Mental hospitals Bombay report 1929-33 - 1929-1933
Year: 1929
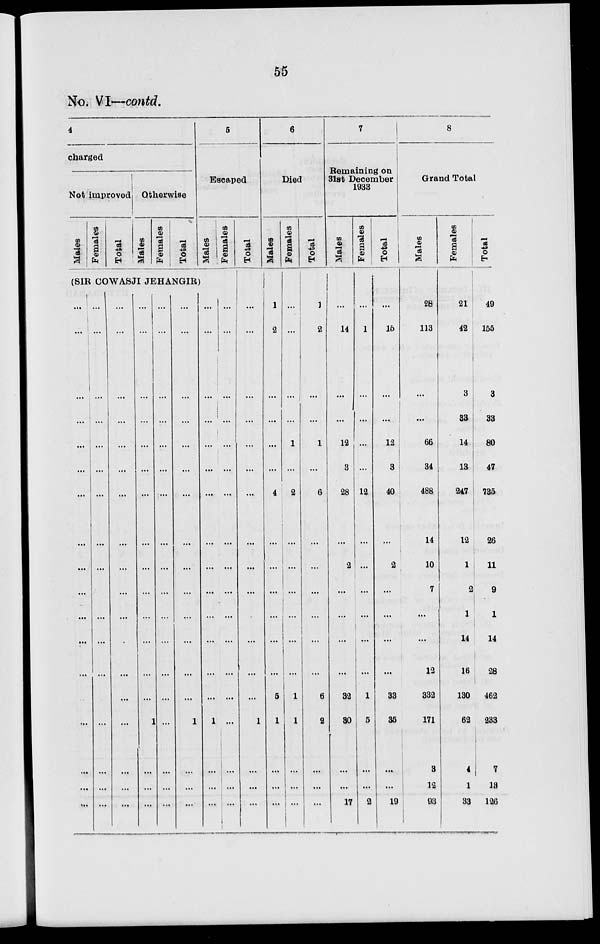
55
No. VI—contd.
4
charged
Not improved
Males
Females
Total
Otherwise
Males
Females
Total
(SIR COWASJI JEHANGIR)
...
...
...
...
...
...
...
...
...
...
...
...
...
...
...
...
...
...
...
...
...
...
...
...
...
...
...
...
...
...
...
...
...
...
...
...
...
...
...
...
...
...
...
...
...
...
...
...
...
...
...
...
...
...
...
...
...
...
...
...
...
...
...
...
...
...
...
...
1
...
...
...
...
...
...
...
...
...
...
...
...
...
...
...
...
...
...
...
...
...
...
...
...
...
...
...
...
...
...
...
...
...
...
...
1
...
...
...
5
Escaped
Males
...
...
...
...
...
...
...
...
...
...
...
...
...
...
1
...
...
...
Females
...
...
...
...
...
...
...
...
...
...
...
...
...
...
...
...
...
...
Total
...
...
...
...
...
...
...
...
...
...
...
...
...
...
1
...
...
...
6
Died
Males
1
2
...
...
...
...
4
...
...
...
...
...
...
5
1
...
...
...
Females
...
...
...
...
1
...
2
...
...
...
...
...
...
1
1
...
...
...
Total
1
2
...
...
1
...
6
...
...
...
...
...
...
6
2
...
...
...
7
Remaining on
31st December
1933
Males
...
14
...
...
12
3
28
...
2
...
...
...
...
32
30
...
...
17
Females
...
1
...
...
...
...
12
...
...
...
...
...
...
1
5
...
...
2
Total
...
15
...
...
12
3
40
...
2
...
...
...
...
33
35
...
...
19
8
Grand Total
Males
28
113
...
...
66
34
488
14
10
7
...
...
12
332
171
3
12
93
Females
21
42
3
33
14
13
247
12
1
2
1
14
16
130
62
4
1
33
Total
49
155
3
33
80
47
735
26
11
9
1
14
28
462
233
7
13
126